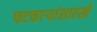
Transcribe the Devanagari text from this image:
फटकाऱ्यांसारखे